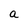
Character: a